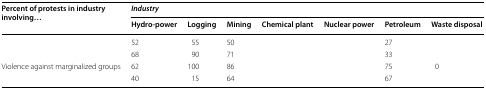
<table><thead><tr><td rowspan="2"><b>Percent of protests in industry involving...</b></td><td colspan="7"><b><i>Industry</i></b></td></tr><tr><td><b>Hydro-power</b></td><td><b>Logging</b></td><td><b>Mining</b></td><td><b>Chemical plant</b></td><td><b>Nuclear power</b></td><td><b>Petroleum</b></td><td><b>Waste disposal</b></td></tr></thead><tbody><tr><td>[EMPTY_CELL]</td><td>52</td><td>55</td><td>50</td><td>[EMPTY_CELL]</td><td>[EMPTY_CELL]</td><td>27</td><td>[EMPTY_CELL]</td></tr><tr><td>[EMPTY_CELL]</td><td>68</td><td>90</td><td>71</td><td>[EMPTY_CELL]</td><td>[EMPTY_CELL]</td><td>33</td><td>[EMPTY_CELL]</td></tr><tr><td>Violence against marginalized groups</td><td>62</td><td>100</td><td>86</td><td>[EMPTY_CELL]</td><td>[EMPTY_CELL]</td><td>75</td><td>0</td></tr><tr><td>[EMPTY_CELL]</td><td>40</td><td>15</td><td>64</td><td>[EMPTY_CELL]</td><td>[EMPTY_CELL]</td><td>67</td><td>[EMPTY_CELL]</td></tr></tbody></table>